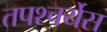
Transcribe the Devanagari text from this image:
तपश्चर्येस